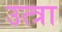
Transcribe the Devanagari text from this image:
उत्त्रा